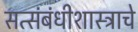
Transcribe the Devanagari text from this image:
सत्संबंधीशास्त्राचे